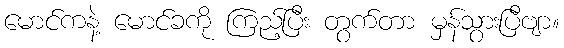
မောင်ကနဲ့ မောင်ခကို ကြည့်ပြီး တွက်တာ မှန်သွားပြီဗျာ။